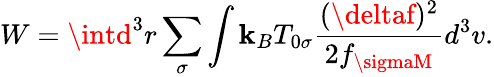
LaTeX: W=\intd^{3}r\sum_{\sigma}\int\mathbf{k}_{B}T_{0\sigma}\frac{{(\deltaf)^{2}}}{{2f_{\sigmaM}}}d^{3}v.